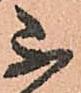
不